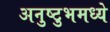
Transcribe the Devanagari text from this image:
अनुष्टुभमध्ये